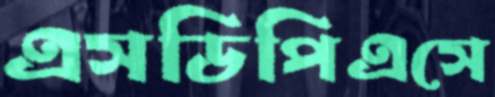
এসডিপিএসে